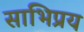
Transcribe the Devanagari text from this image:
साभिप्रय